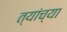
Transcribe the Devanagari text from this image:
त्यांच्या